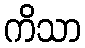
ကိသာ